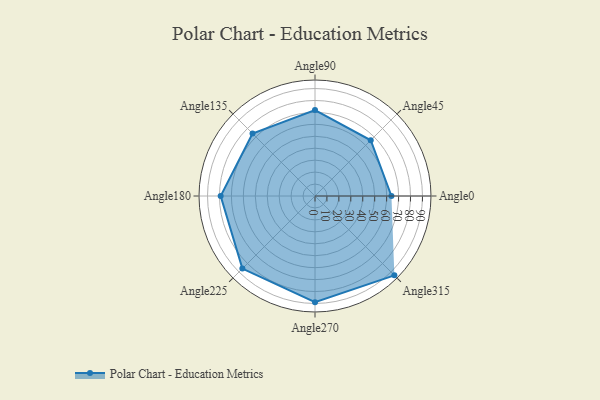
{"axis": {"x": "Angle", "y": "Radius"}, "legend": [""], "data": [{"x": "Angle0", "y": 64.0, "type": ""}, {"x": "Angle45", "y": 66.0, "type": ""}, {"x": "Angle90", "y": 72.0, "type": ""}, {"x": "Angle135", "y": 74.0, "type": ""}, {"x": "Angle180", "y": 79.0, "type": ""}, {"x": "Angle225", "y": 86.0, "type": ""}, {"x": "Angle270", "y": 89.0, "type": ""}, {"x": "Angle315", "y": 94.0, "type": ""}]}